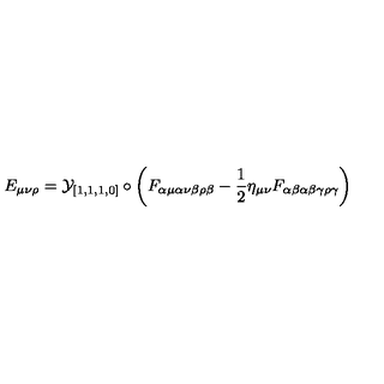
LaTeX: E _ { \mu \nu \rho } = { \cal { Y } } _ { [ 1 , 1 , 1 , 0 ] } \circ \left( F _ { \alpha \mu \alpha \nu \beta \rho \beta } - \frac { 1 } { 2 } \eta _ { \mu \nu } F _ { \alpha \beta \alpha \beta \gamma \rho \gamma } \right)